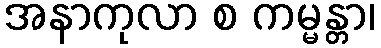
အနာကုလာ စ ကမ္မန္တာ၊